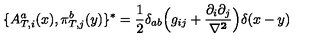
\{ A _ { T , i } ^ { a } ( x ) , \pi _ { T , j } ^ { b } ( y ) \} ^ { * } = \frac { 1 } { 2 } \delta _ { a b } \Big ( g _ { i j } + \frac { \partial _ { i } \partial _ { j } } { \bf \nabla ^ { 2 } } \Big ) \delta ( x - y )